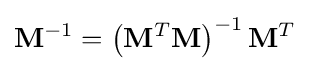
\mathbf {M} ^{-1}=\left(\mathbf {M} ^{T}\mathbf {M} \right)^{-1}\mathbf {M} ^{T}